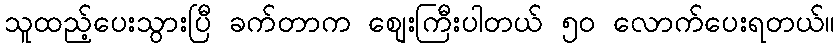
သူထည့်ပေးသွားပြီ ခက်တာက စျေးကြီးပါတယ် ၅၀ လောက်ပေးရတယ်။